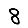
Digit: 8